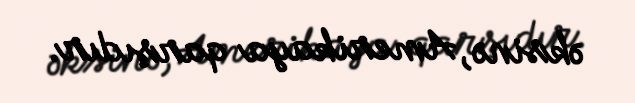
əksinə, Amerikaya qarşıdır.